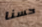
حسنا